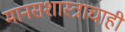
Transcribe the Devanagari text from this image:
मानसशास्त्राचाही